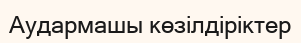
Аудармашы көзілдіріктер